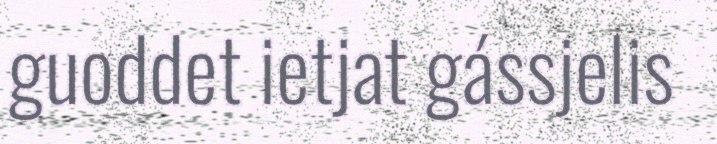
guoddet ietjat gássjelis